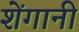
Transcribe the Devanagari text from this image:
शेंगानी